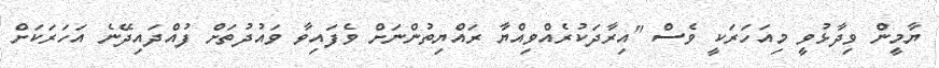
ޔާމީން ވިދާޅުވީ މިއަހަރަކީ ވެސް "އިރާދަކުރެެއްވިއްޔާ ރައްޔިތުންނަށް ވެފައިވާ ވައުދުތަށް ފުއްދައިިދޭނެ އަހަރަކަށް